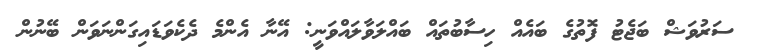
ސަރުވަޝް ބަޖެޓު ފޮތުގެ ބައެއް ހިސާބުތައް ބައްލަވާލައްވަނީ: އޭނާ އެންމެ ދެކެވަޑައިގަންނަވަން ބޭނުން